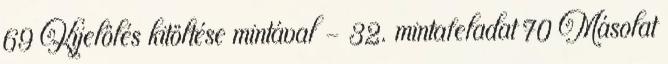
69 Kijelölés kitöltése mintával - 32. mintafeladat 70 Másolat